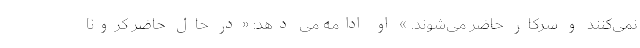
نمی‌کنند و سرکار حاضر می‌شوند. » او ادامه می دهد: «در حال حاضر کرونا